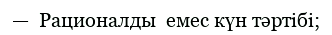
—  Рационалды  емес күн тәртiбi;